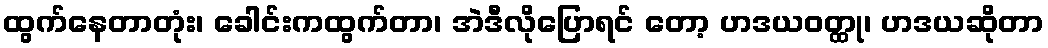
ထွက်နေတာတုံး၊ ခေါင်းကထွက်တာ၊ အဲဒီလိုပြောရင် တော့ ဟဒယဝတ္ထု၊ ဟဒယဆိုတာ